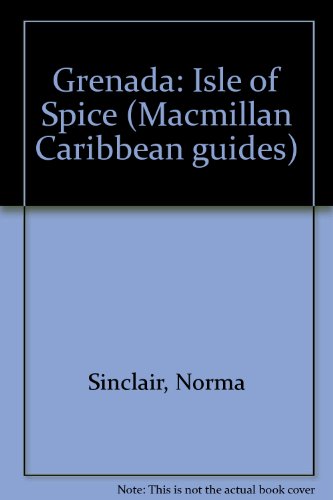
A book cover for Grenada, Isle of Spice; Norma Sinclair; Travel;